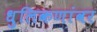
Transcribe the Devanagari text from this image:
धुलिकणांवर